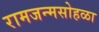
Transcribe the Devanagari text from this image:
रामजन्मसोहळा